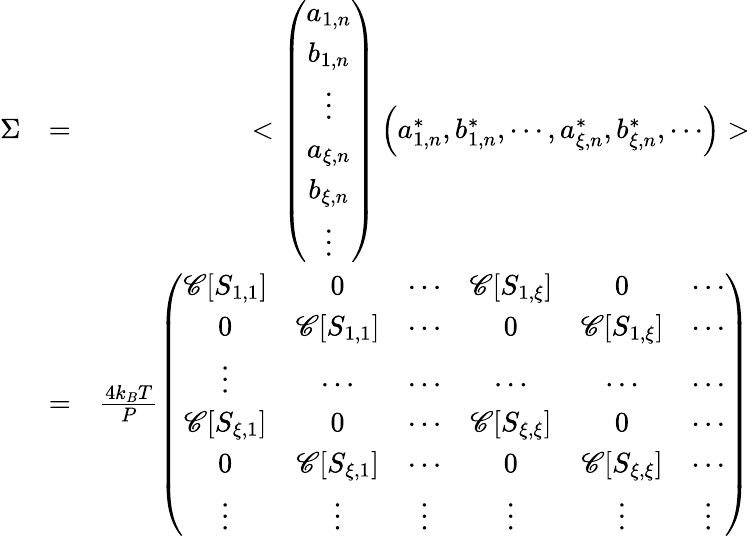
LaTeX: \begin{array}{rlr}{\Sigma}&{=}&{<\left(\begin{array}{c}{a_{1,n}}\\ {b_{1,n}}\\ {\vdots}\\ {a_{\xi,n}}\\ {b_{\xi,n}}\\ {\vdots}\end{array}\right)\left(a_{1,n}^{*},b_{1,n}^{*},\cdots,a_{\xi,n}^{*},b_{\xi,n}^{*},\cdots\right)>}\\ &{=}&{\frac{4k_{B}T}{P}\left(\begin{array}{cccccc}{\mathscr{C}[S_{1,1}]}&{0}&{\cdots}&{\mathscr{C}[S_{1,\xi}]}&{0}&{\cdots}\\ {0}&{\mathscr{C}[S_{1,1}]}&{\cdots}&{0}&{\mathscr{C}[S_{1,\xi}]}&{\cdots}\\ {\vdots}&{\cdots}&{\cdots}&{\cdots}&{\cdots}&{\cdots}\\ {\mathscr{C}[S_{\xi,1}]}&{0}&{\cdots}&{\mathscr{C}[S_{\xi,\xi}]}&{0}&{\cdots}\\ {0}&{\mathscr{C}[S_{\xi,1}]}&{\cdots}&{0}&{\mathscr{C}[S_{\xi,\xi}]}&{\cdots}\\ {\vdots}&{\vdots}&{\vdots}&{\vdots}&{\vdots}&{\vdots}\end{array}\right)}\end{array}